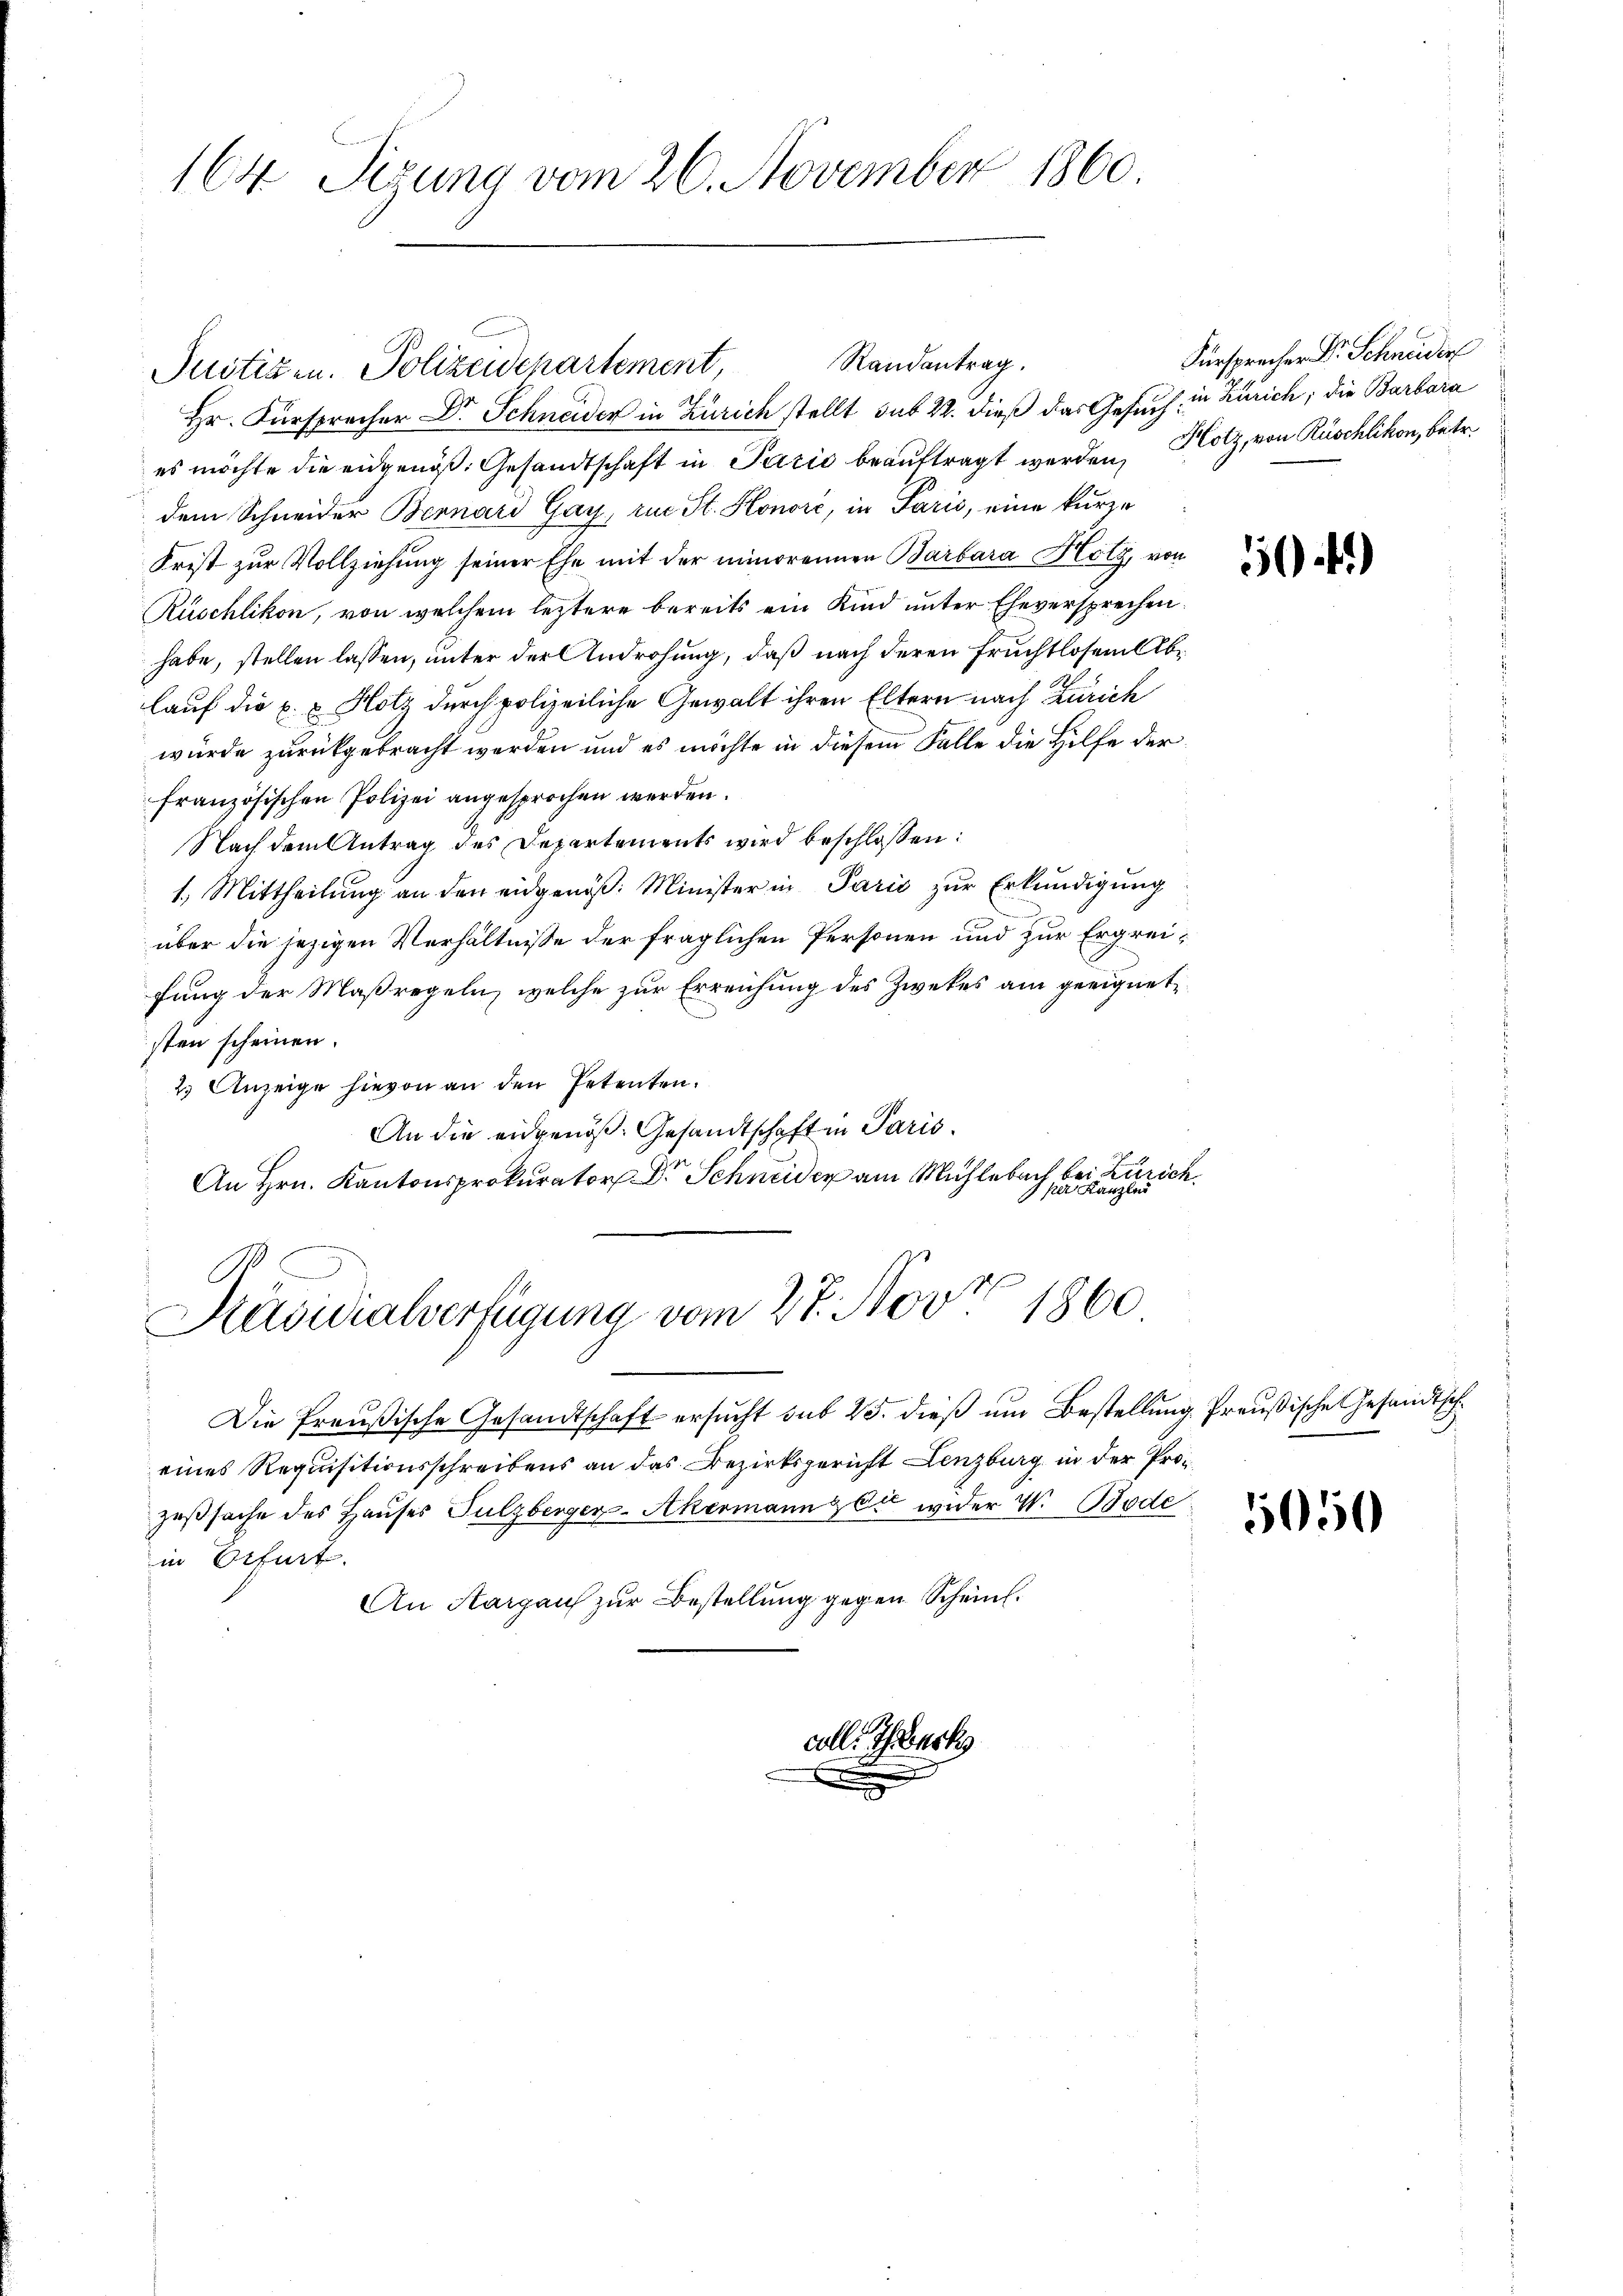
164 Sizung vom 26. November 1860.

Justizen. Polizeidchartement,

Hr. Fürspracher Dr. Schneider in Zürich stellt sub 22. dieß das Gesuch, in Zürich; die Barbara
es möchte die eidgenöß. Gesandtschaft in Pazić beauftragt werden, Hotz, von Rüschlikon, betr.
dem Schneider Bernard Gay, zu St. Honore, in Paris, eine kurze
Frist zur Vollziehung seiner Ehe mit der minorennen Barbara Hotz, von
Ruschlikon, von welchem leztere bereits ein Kind unter Eheversprechen.
habe, stellen lassen, unter der Androhung, daß nach deren Fruchtlosen Ablauf die E. u. Holz durch polizeiliche Gewalt ihren Eltern nach Zürich
würde zurückgebracht werden und es möchte in diesem Falle die Hilfe der
französischen Polizei angesprochen werden.
Nach dem Antrag des Departements wird beschlossen:
1.) Mittheilung an den eidgenöß: Minister in Paris zur Erkundigung
über die jezigen Verhältnisse der fraglichen Personen und zur Ergreifung der Maßregeln, welche zur Erreichung des Zwekes am geeignetsten scheinen.
2 Anzeige hievon an den Petenten.
An die eidgenöß. Gesandtschaften Paris
An Hrn. Kantonsprokurator Dr. Schneider am Mühlebach bei Zürich.
 per Kanzle
Käsuralverfügung vom 27. Nov. 1860

Randentrag.

Die Preußische Gesandtschaft ersucht sub 25. dieß um Bestellung Preußische Gesandtscheines Requisitionsschreibens an das Bezirksgericht Lenzburg in der Prozeßsache des Hauses Sulzberger-Akermann zu wider W. Bode
in Otfurt.
An Aargaus zur Bestellung gegen Schein.

got

Fürsprecher Dr. Schneiden

5

5050